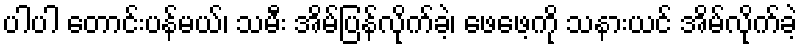
ပါပါ တောင်းပန်မယ်၊ သမီး အိမ်ပြန်လိုက်ခဲ့၊ ဖေဖေ့ကို သနားယင် အိမ်လိုက်ခဲ့